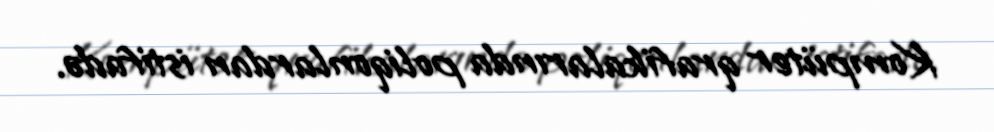
Kompüter qrafikalarında poliqonlardan istifadə.